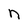
Character: n